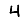
Digit: 4